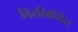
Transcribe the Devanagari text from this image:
विरनिष्ठित